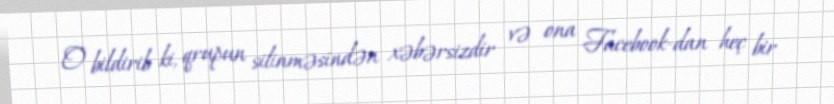
O bildirib ki, qrupun silinməsindən xəbərsizdir və ona Facebook-dan heç bir